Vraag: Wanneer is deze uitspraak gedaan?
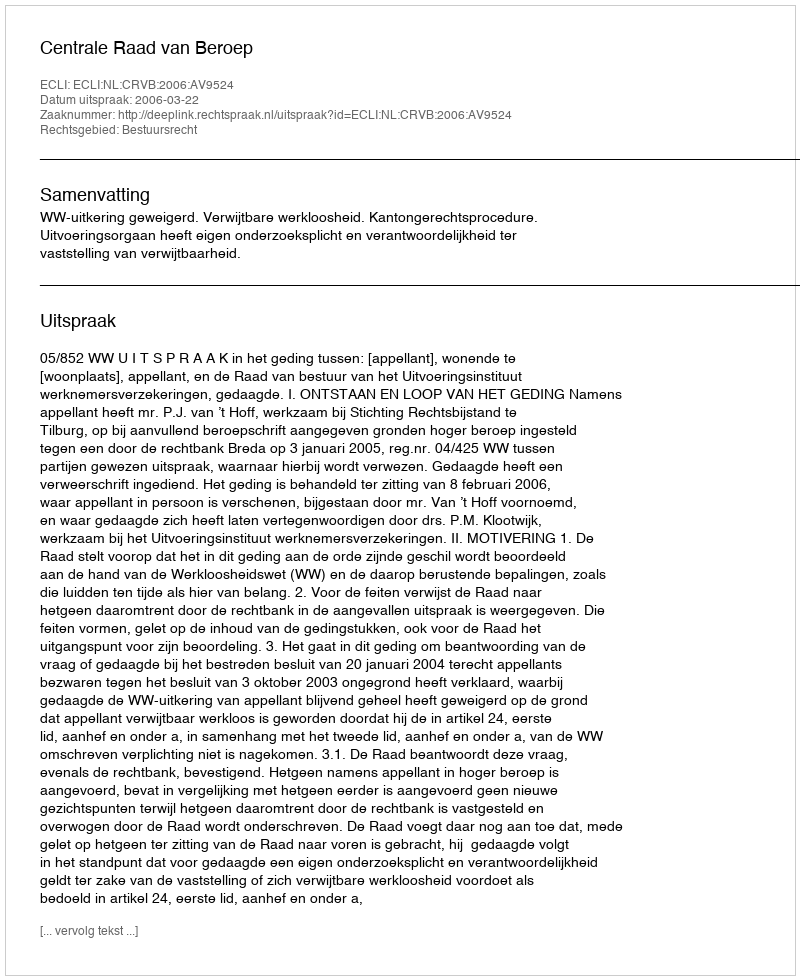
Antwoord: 2006-03-22